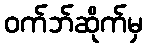
ဝက်ဘ်ဆိုက်မှ